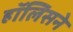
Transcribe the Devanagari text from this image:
हॉलिसने